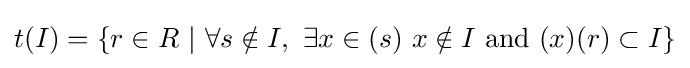
t(I)=\{r\in R{\mbox{ }}|{\mbox{ }}\forall s\notin I,{\mbox{ }}\exists x\in (s){\mbox{ }}x\notin I{\text{ and }}(x)(r)\subset I\}